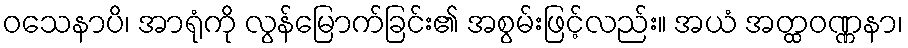
ဝသေနာပိ၊ အာရုံကို လွန်မြောက်ခြင်း၏ အစွမ်းဖြင့်လည်း။ အယံ အတ္ထဝဏ္ဏနာ၊